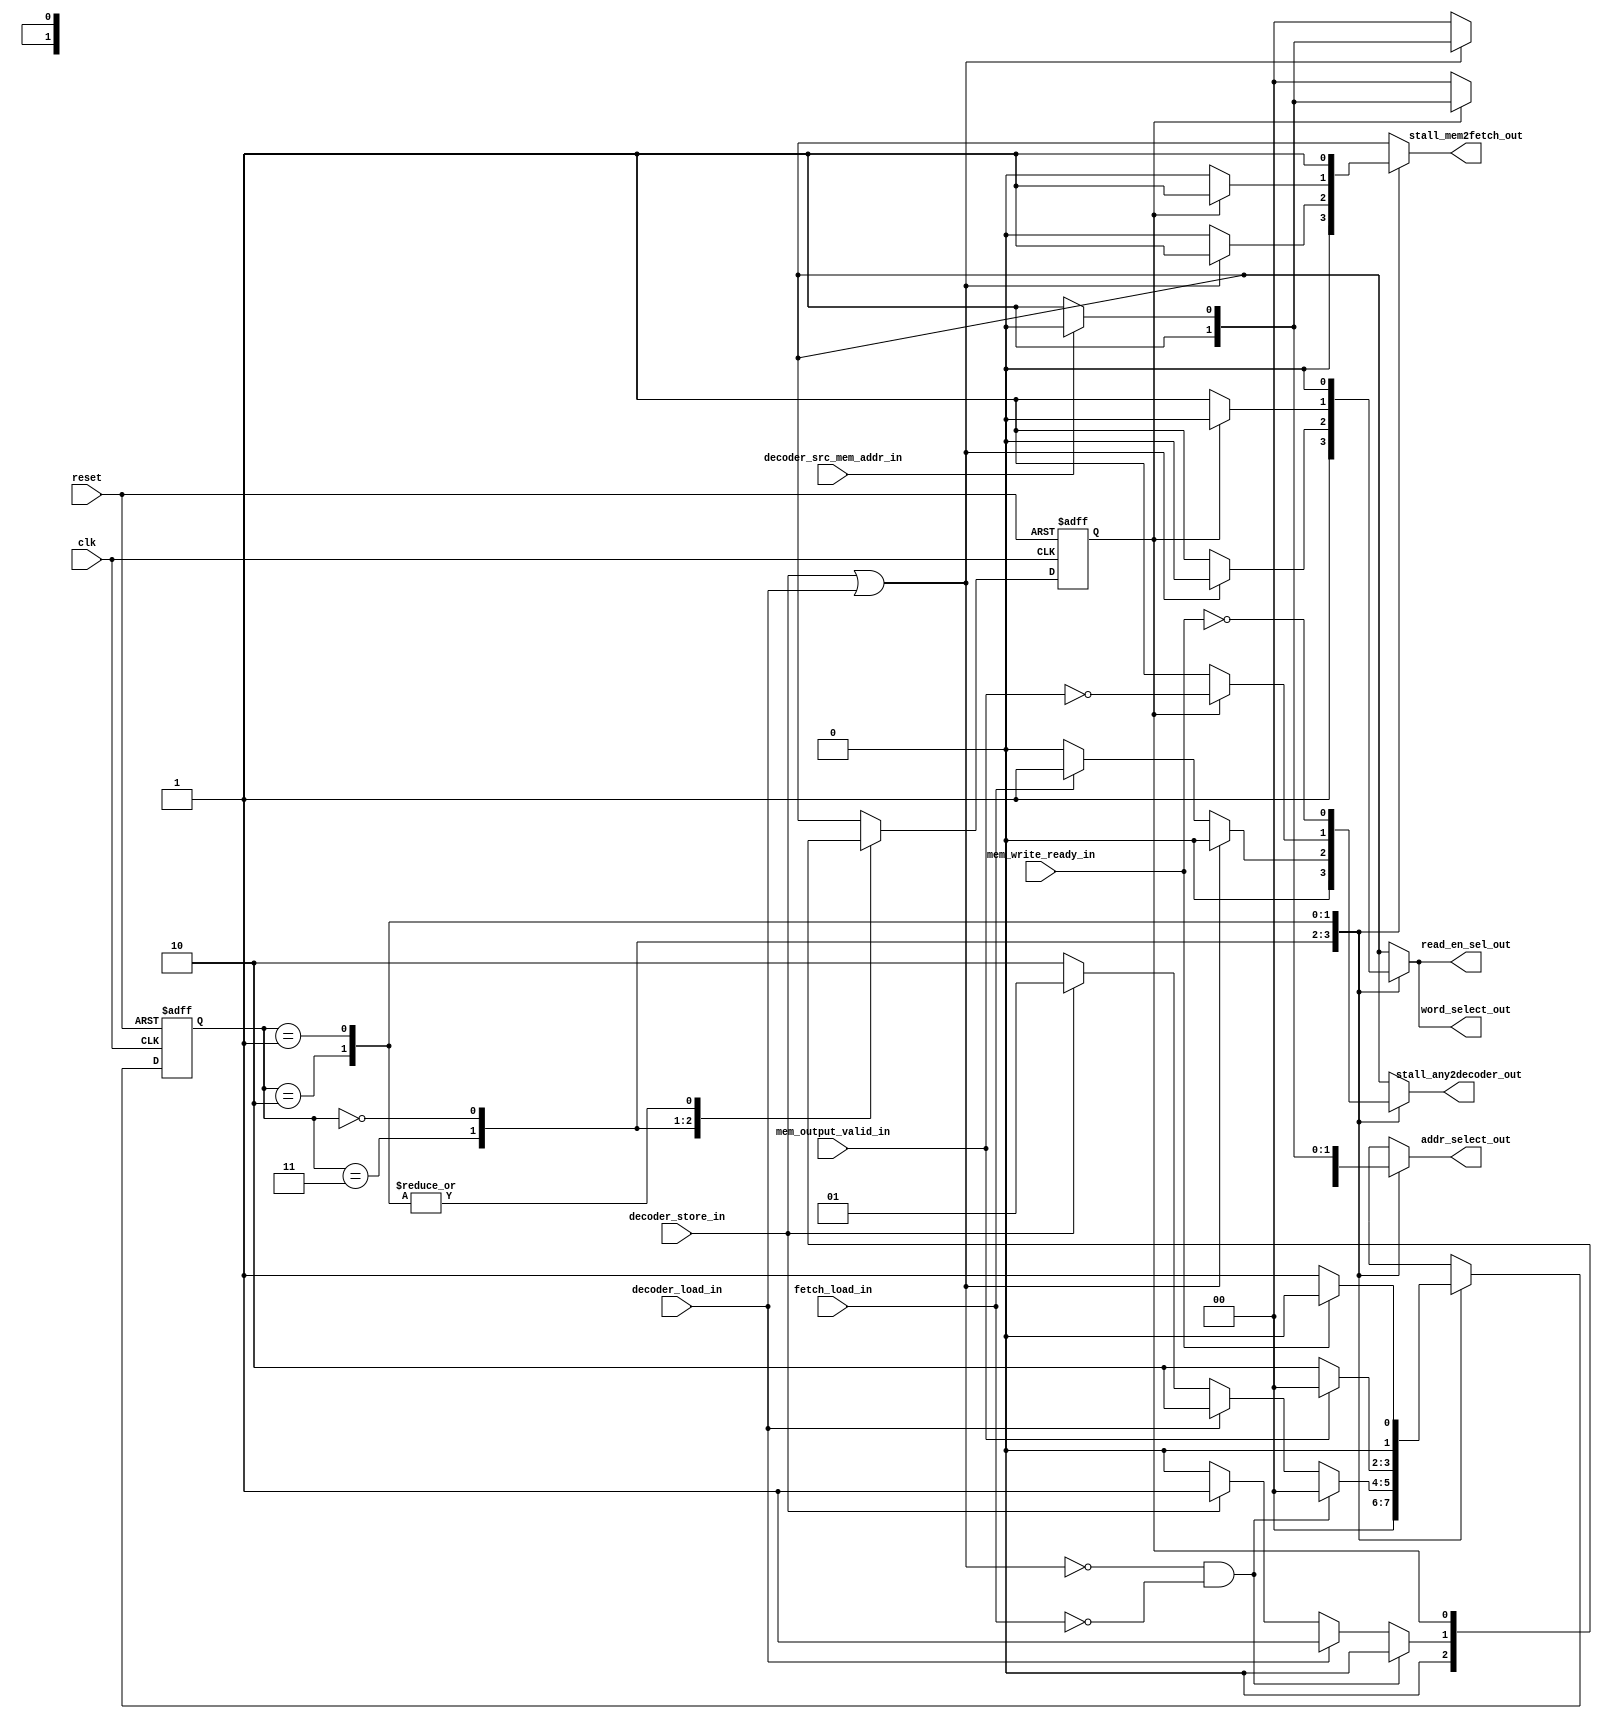
module controller (
clk,
reset,
decoder_load_in,
decoder_store_in,
fetch_load_in,
//fetch_stall2decoder_in,
//decoder_stall2fetch_in,
decoder_src_mem_addr_in,
//mem_busy_in,
mem_output_valid_in,
mem_write_ready_in,
//stall_decoder2fetch_out,
stall_mem2fetch_out,
addr_select_out,
read_en_sel_out,
word_select_out,
stall_any2decoder_out
  );

input clk;
input reset;
input decoder_store_in;
input decoder_load_in;
input fetch_load_in;
//input fetch_stall2decoder_in;
//input decoder_stall2fetch_in;
input decoder_src_mem_addr_in;
//input mem_busy_in;
input mem_output_valid_in;
input mem_write_ready_in;

//output reg stall_decoder2fetch_out;
output reg stall_mem2fetch_out;
output reg [1:0] addr_select_out;
output reg read_en_sel_out;
output reg word_select_out;
output reg stall_any2decoder_out;

wire requests;
wire id_request;
assign id_request = decoder_store_in || decoder_load_in;

localparam DC = 1'b1;
localparam DC2 = 2'b11;

// codes for addr_select_out
localparam IF_ADDR = 2'b00;
localparam REGFILE_D_ADDR = 2'b10;
localparam ALU_RESULT_ADDR = 2'b11;

// codes for read_en_select_out
localparam IF_READ = 1'b1;
localparam ID_READ = 1'b0;

// codes for memory turn
localparam ID_TURN = 1'b1;
localparam IF_TURN = 1'b0;


// codes for word selection
localparam HALFWORD = 1'b1;
localparam DECODER_WORD = 1'b0;

localparam STATE_BITS = 2;
// state flipflops
reg [STATE_BITS-1:0] state;
reg [STATE_BITS-1:0] nextstate;
reg turn;
reg nextturn;

// states
localparam RESET_STATE = 2'b11;
localparam IDLE        = 2'b00;
localparam LOAD_ACCESS = 2'b10;
localparam STORE_ACCESS = 2'b01;
// filflops
always @(posedge clk or posedge reset) begin
 if (reset) begin
	state <= RESET_STATE;
	turn <= 0;
end
 else begin
     state <= nextstate;
     turn <= nextturn;
end
end

// state transitions
always @(*) begin
  case (state)
    RESET_STATE: begin
	nextstate = IDLE;
	nextturn = IF_TURN;
    end // end RESET_STATE

    IDLE: begin
      if (!id_request && !fetch_load_in) begin
        nextstate = IDLE;
        nextturn = IF_TURN;
      end
      else if (decoder_load_in) begin
        nextstate = LOAD_ACCESS;
        nextturn  = ID_TURN;
      end
      else if (decoder_store_in) begin
        nextstate = STORE_ACCESS;
        nextturn  = ID_TURN;
      end
      else begin
        nextstate = LOAD_ACCESS;
        nextturn = IF_TURN;
      end
    end // end IDLE

    LOAD_ACCESS: begin
		if(!mem_output_valid_in) begin
			nextstate = LOAD_ACCESS;
			nextturn = turn;
		end
		else begin
			nextstate = IDLE;
			nextturn = turn;
		end
	
    end //end LOAD_ACCESS

    STORE_ACCESS: begin
		if(!mem_write_ready_in) begin
			nextstate = STORE_ACCESS;
			nextturn = turn;
		end
		else begin
			nextstate = IDLE;
			nextturn = turn;
		end
	end //end STORE_ACCESS

     default: begin
		nextstate = IDLE;
		nextturn = IF_TURN;
	end
  endcase
end

// output changes
always @(*) begin
   case (state)
     RESET_STATE: begin
       //stall_decoder2fetch_out=  1;
       stall_mem2fetch_out    =  0;
       addr_select_out        =  IF_ADDR;
       read_en_sel_out        =  IF_READ;
       word_select_out        =  HALFWORD;
       stall_any2decoder_out      =  0;
     end // end RESET_STATE

     IDLE: begin
       //stall_decoder2fetch_out=  id_request ? 1 : 0;
       stall_mem2fetch_out    =  id_request ? 1'b1 : 1'b0;
       addr_select_out        =  id_request ? (decoder_src_mem_addr_in ? REGFILE_D_ADDR : ALU_RESULT_ADDR):(IF_ADDR);
       read_en_sel_out        =  id_request ? ID_READ : IF_READ;
       word_select_out        =  id_request ? DECODER_WORD : HALFWORD;
       stall_any2decoder_out  =  id_request ? 1'b0 : (fetch_load_in ? 1'b1 : 1'b0);
     end // end idle state

     LOAD_ACCESS: begin
       //stall_decoder2fetch_out=  ;
       stall_mem2fetch_out    =  (turn == ID_TURN) ? 1'b1 : 1'b0 /*!mem_output_valid_in*/;
       addr_select_out        =  (turn == ID_TURN) ? (decoder_src_mem_addr_in ? REGFILE_D_ADDR : ALU_RESULT_ADDR) : (IF_ADDR);
       read_en_sel_out        =  (turn == ID_TURN) ? ID_READ : IF_READ;
       word_select_out        =  (turn == ID_TURN) ? DECODER_WORD : HALFWORD;
       stall_any2decoder_out  =  (turn == ID_TURN) ? !mem_output_valid_in : 1;
     end // end LOAD_ACCESS

     STORE_ACCESS: begin
       stall_mem2fetch_out    = 1;
       addr_select_out        = decoder_src_mem_addr_in ? REGFILE_D_ADDR : ALU_RESULT_ADDR;
       read_en_sel_out        = ID_READ;
       word_select_out        = DECODER_WORD;
       stall_any2decoder_out  = !mem_write_ready_in;
     end // end STORE_ACCESS
	
	default: begin
	   //stall_decoder2fetch_out=  id_request ? 1 : 0;
       stall_mem2fetch_out    =  id_request ? 1'b1 : 1'b0;
       addr_select_out        =  id_request ? (decoder_src_mem_addr_in ? REGFILE_D_ADDR : ALU_RESULT_ADDR):(IF_ADDR);
       read_en_sel_out        =  id_request ? ID_READ : IF_READ;
       word_select_out        =  id_request ? DECODER_WORD : HALFWORD;
       stall_any2decoder_out  =  id_request ? 1'b0 : (fetch_load_in ? 1'b1 : 1'b0);
	end
   endcase
end

endmodule